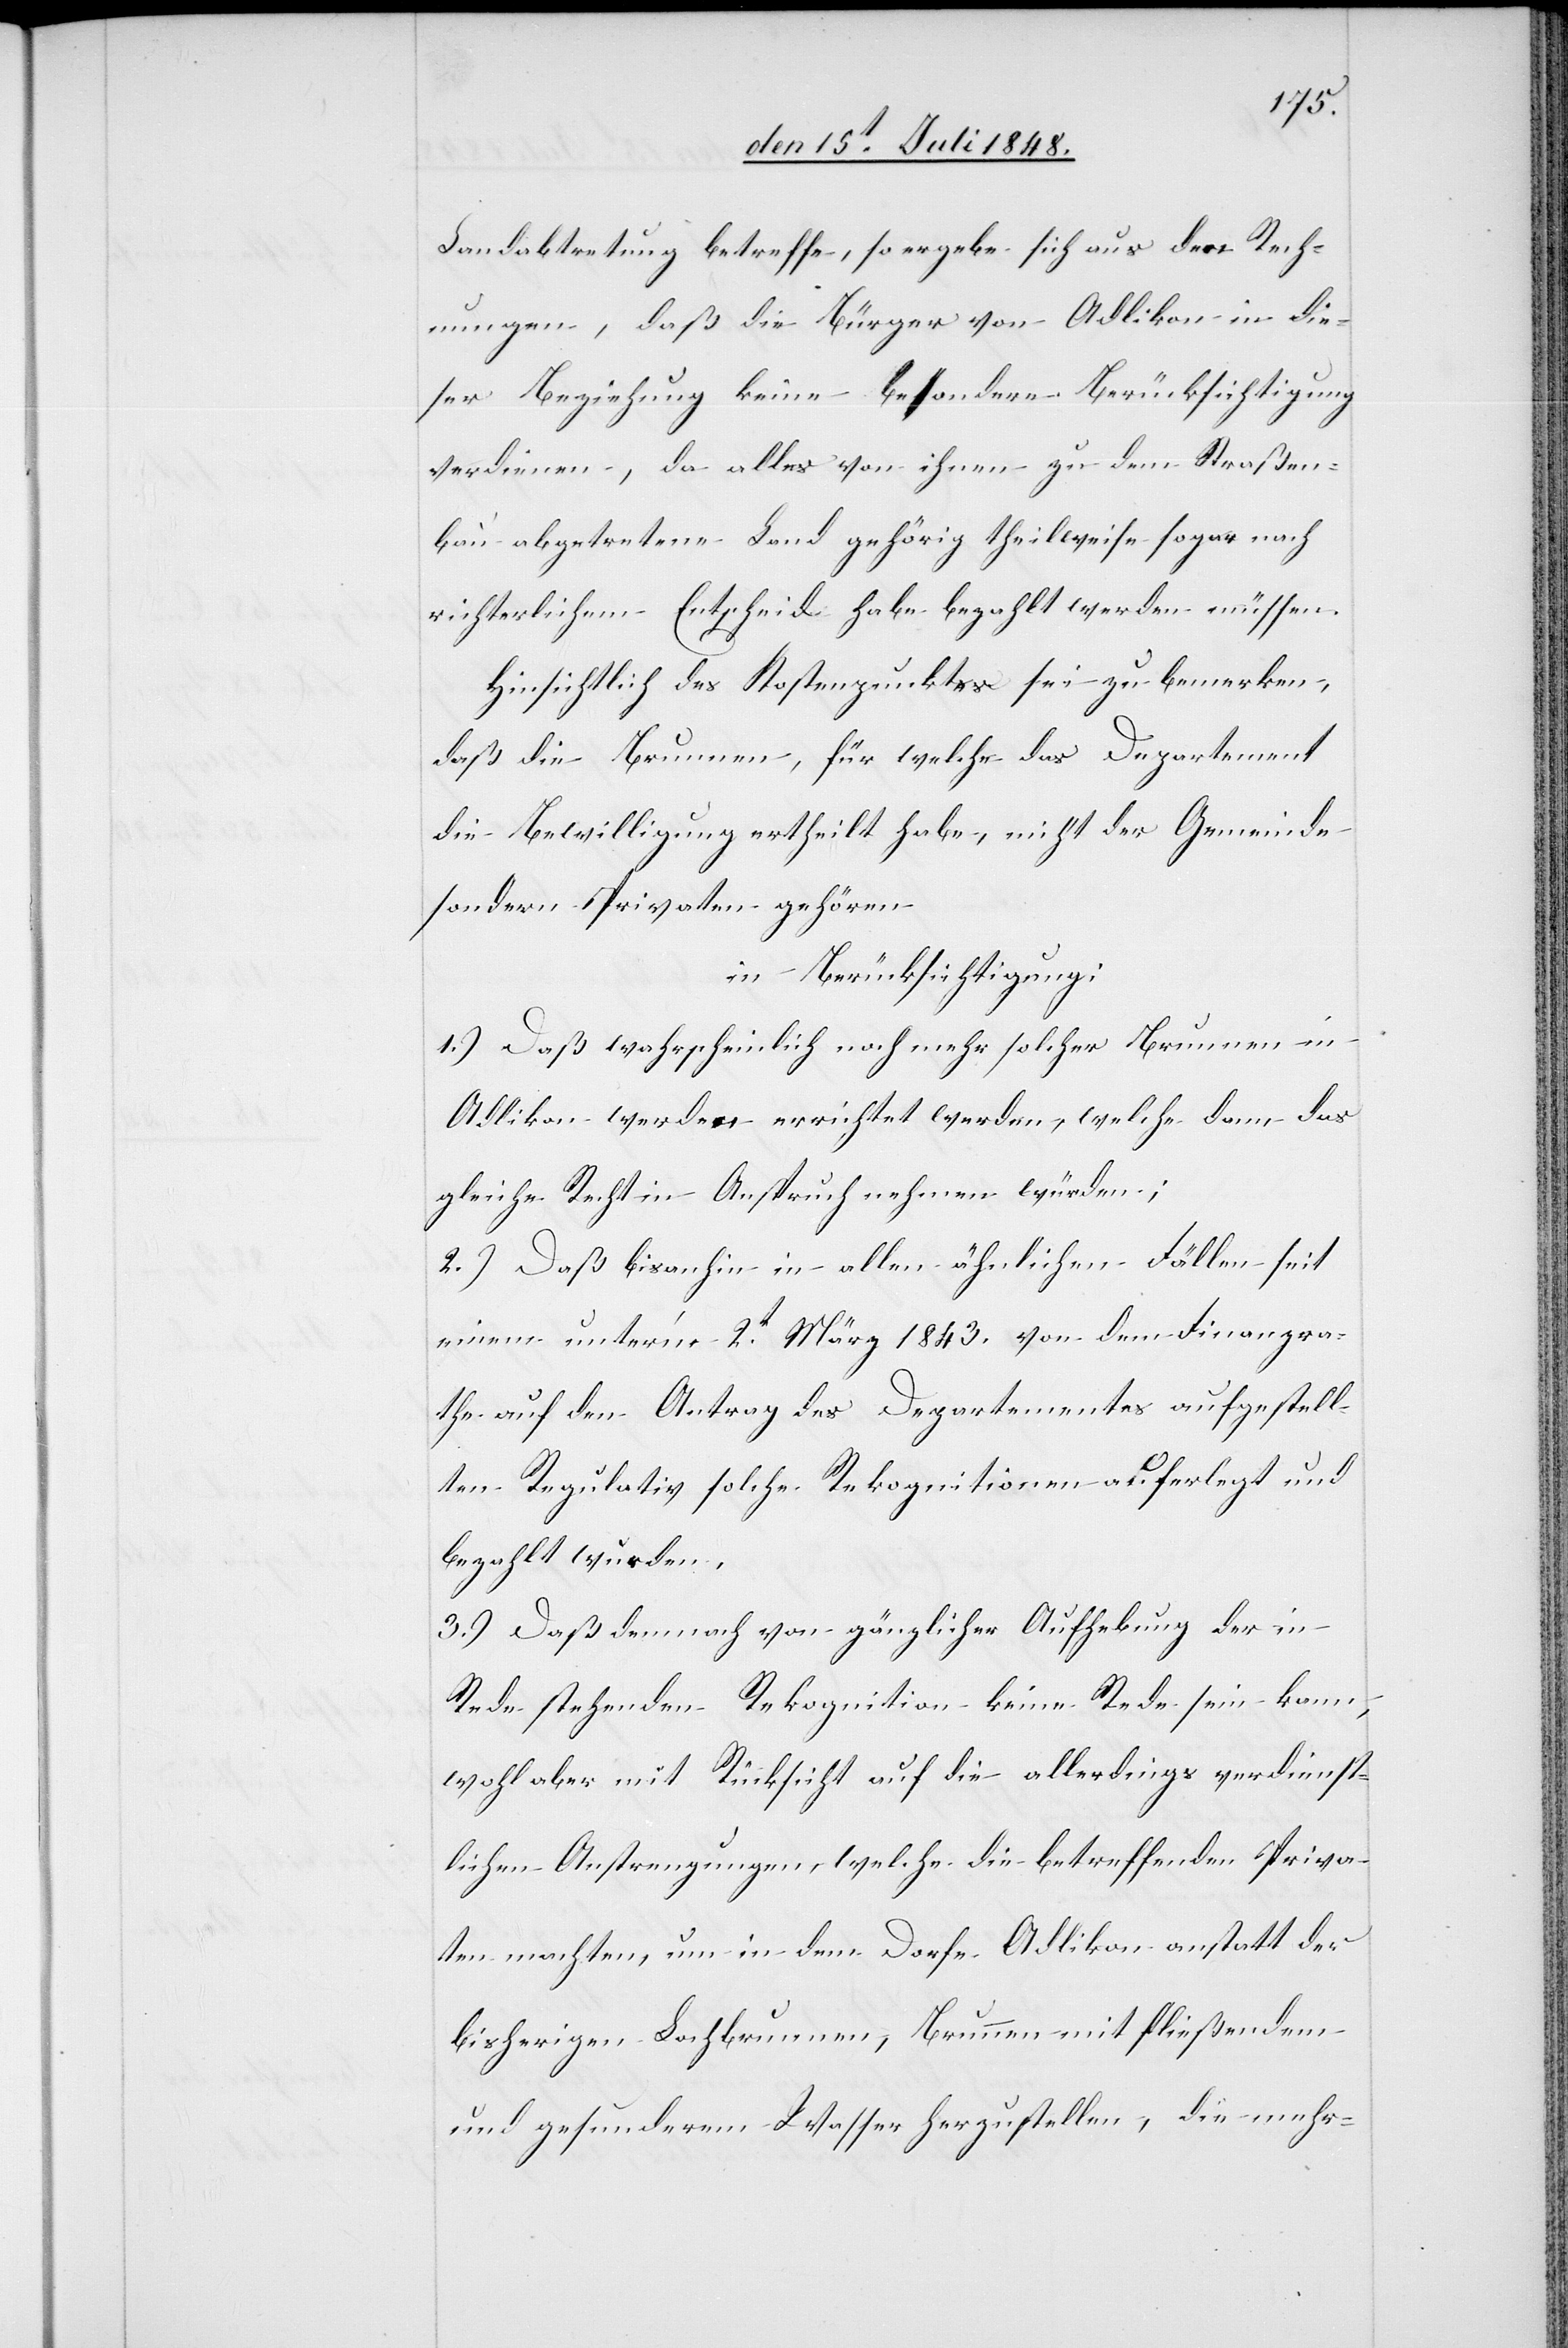
Landabtretung betreffe, so ergebe sich aus den Rech¬
nungen, daß die Bürger von Adlikon in die¬
ser Beziehung keine besondere Berücksichtigung
verdienen, da alles von ihnen zu dem Straßen¬
bau abgetretene Land gehörig theilweise sogar nach
richterlichem Entscheide habe bezahlt werden müssen.
Hinsichtlich des Kostenpunktes sei zu bemerken,
daß die Brunnen, für welche das Departement
die Bewilligung ertheilt habe, nicht der Gemeinde
sondern Privaten gehören
in Berücksichtigung:¨
1.) Daß wahrscheinlich noch mehr solcher Brunnen in
Adlikon werden errichtet werden, welche dann das
gleiche Recht in Anspruch nehmen würden;
2.) Daß bisanhin in allen ähnlichen Fällen seit
einem unter’m 2t März 1843. von dem Finanzra¬
the auf den Antrag des Departementes aufgestell¬
ten Regulativ solche Rekognitionen auferlegt und
bezahlt wurden.
3.) Daß demnach von gänzlicher Aufhebung der in
Rede stehenden Rekognition keine Rede sein kann,
wohl aber mit Rücksicht auf die allerdings verdienst¬
lichen Anstrengungen, welche die betreffenden Priva¬
ten machten, um in dem Dorfe Adlikon anstatt der
bisherigen Lochbrunnen, Brunnen mit fließendem
und gesunderm Wasser herzustellen, die mehr-